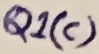
Text: Q1(c)